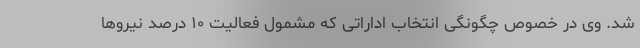
شد. وی در خصوص چگونگی انتخاب اداراتی که مشمول فعالیت ۱۰ درصد نیروها